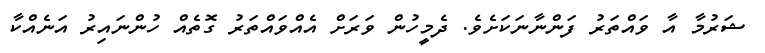
ޝަރުމާ އާ ވައްތަރު ފަންނާނަކަށެވެ. ދެމީހުން ވަރަށް އެއްވައްތަރު ގޮތެއް ހުންނައިރު އަނެއްކާ